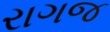
રાગજ